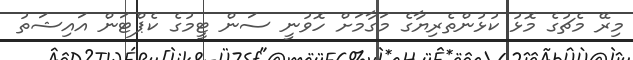
މިރޭ މެޗުގެ މޮޅު ކުޅުންތެރިޔާގެ މަގާމަށް ހޮވުނީ ސަން ޓީމުގެ ކެޕްޓަން އައިޝަތު